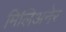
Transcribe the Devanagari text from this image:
मिलिअनेर